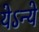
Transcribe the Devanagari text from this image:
येऽन्ये